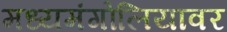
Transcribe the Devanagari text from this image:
मध्यमंगोलियावर